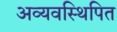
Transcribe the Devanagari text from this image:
अव्यवस्थिपित